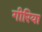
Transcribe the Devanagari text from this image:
गीरिया